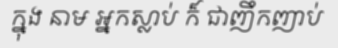
ក្នុង នាម អ្នកស្លាប់ ក៏ ជាញឹកញាប់